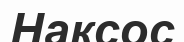
Наксос